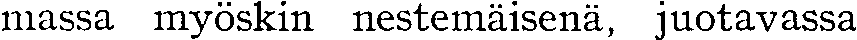
massa myöskin nestemäisenä, juotavassa